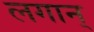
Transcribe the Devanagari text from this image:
लगान्‌